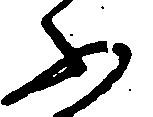
ふ